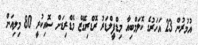
އުމުރުން 23 އަހަރުގެ ކޮލަމްބިއާ މިޑްފީލްޑަރު ރޮޑްރިގޭޒް މެޑްރިޑަށް ސޮއިކުރީ 80 މިލިއަން